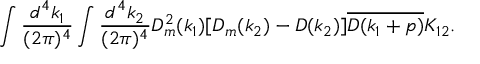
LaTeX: \begin{array} { c } { { \displaystyle \int \frac { d ^ { 4 } k _ { 1 } } { ( 2 \pi ) ^ { 4 } } \int \frac { d ^ { 4 } k _ { 2 } } { ( 2 \pi ) ^ { 4 } } D _ { m } ^ { 2 } ( k _ { 1 } ) [ D _ { m } ( k _ { 2 } ) - D ( k _ { 2 } ) ] \overline { { { D ( k _ { 1 } + p ) } } } K _ { 1 2 } . } } \end{array}